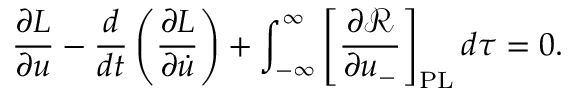
\frac { \partial L } { \partial u } - \frac { d } { d t } \left( \frac { \partial L } { \partial \dot { u } } \right) + \int _ { - \infty } ^ { \infty } \left[ \frac { \partial \mathcal { R } } { \partial u _ { - } } \right] _ { \mathrm { P L } } d \tau = 0 .